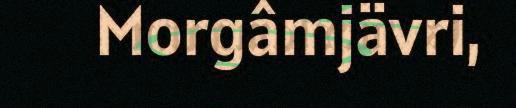
Morgâmjävri,